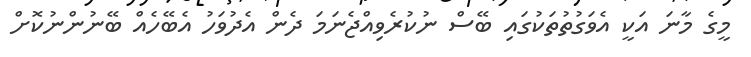
މީގެ މާނަ އަކީ އެވަގުތުތަކުގައި ބޭސް ނުކުރެވިއްޖެނަމަ ދެން އެދުވަހު އެބޭހެއް ބޭނުންނުކޮށް